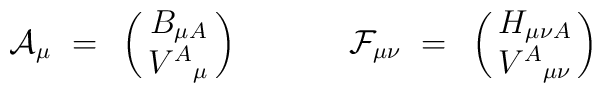
{\cal A}_{\mu}~=~\pmatrix{ B_{\mu A}\cr                            V^A{}_{\mu} \cr}{}~~~~~~~~~~{\cal F}_{\mu\nu}~=~\pmatrix{ H_{\mu\nu A}\cr                               V^A{}_{\mu\nu} \cr}